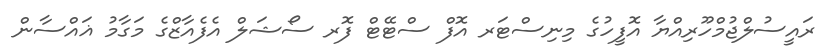
ރައީސުލްޖުމްހޫރިއްޔާ އޮފީހުގެ މިނިސްޓަރ އޮފް ސްޓޭޓް ފޮރ ސޯޝަލް އެފެއާޒްގެ މަގާމު ޣައްސާން